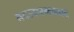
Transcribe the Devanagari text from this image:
नवउदारमतवाद